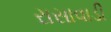
રાસાવાડી